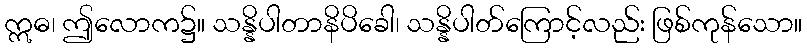
ဣဓ၊ ဤလောက၌။ သန္နိပါတာနိပိခေါ၊ သန္နိပါတ်ကြောင့်လည်း ဖြစ်ကုန်သော။